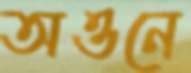
অওনে